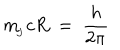
m _ { \! _ { J } } c R \ = \ \frac { h } { 2 \pi }